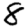
Digit: 8